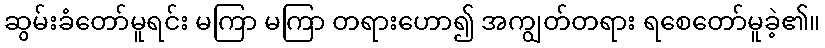
ဆွမ်းခံတော်မူရင်း မကြာ မကြာ တရားဟော၍ အကျွတ်တရား ရစေတော်မူခဲ့၏။